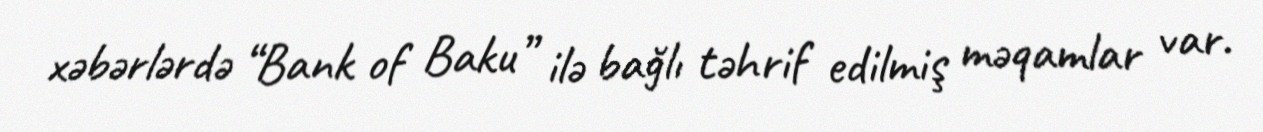
xəbərlərdə “Bank of Baku” ilə bağlı təhrif edilmiş məqamlar var.